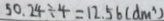
5 0 . 2 4 \div 4 = 1 2 . 5 6 ( d m ^ { 3 } )